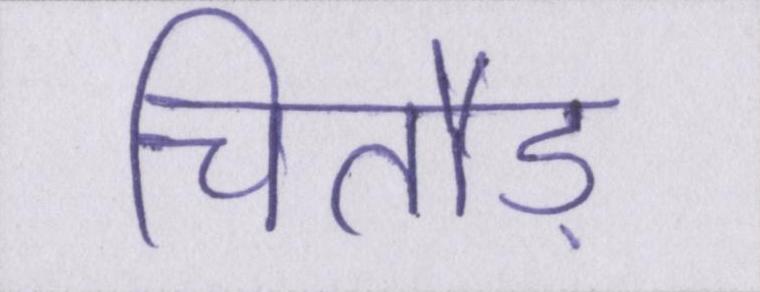
चितौड़